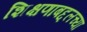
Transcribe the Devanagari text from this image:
शिक्षणाबद्दलच्या